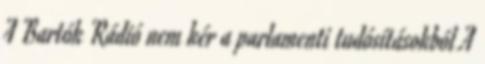
A Bartók Rádió nem kér a parlamenti tudósításokból A